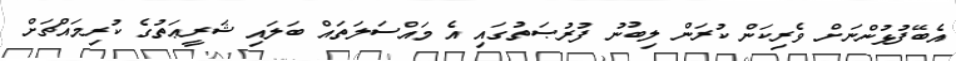
އެބޭފުޅުންނަށް ވެރިކަން ކުރަން ލިބުނު ފުރުޞަތުގައި އެ މައްސަލަތައް ބަލައި ޝަރީޢަތުގެ ކުރިމައްޗަށް